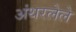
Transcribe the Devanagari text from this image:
अंथरलेले